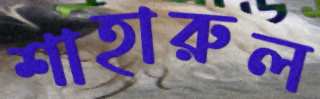
শাহারুল